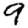
Digit: 9